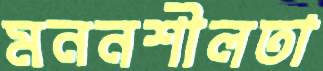
মননশীলতা